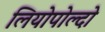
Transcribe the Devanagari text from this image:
लियोपोल्दो